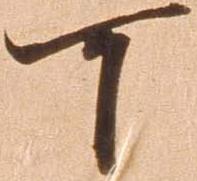
可